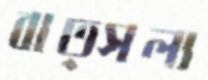
বাত্সল্য